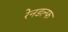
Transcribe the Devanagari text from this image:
रेनडल्फ